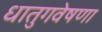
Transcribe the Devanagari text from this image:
धातुगवेषणा